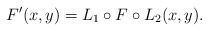
\begin{align*}F'(x,y) = L_1 \circ F \circ L_2(x,y).\end{align*}